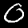
Label: 0